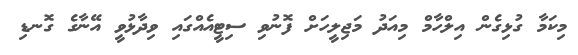
މިކަމާ ގުޅިގެން އިލްހާމް މިއަދު މަޖިލީހަށް ފޮނުވި ސިޓީއެއްގައި ވިދާޅުވީ އޭނާގެ ގޮނޑި